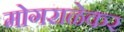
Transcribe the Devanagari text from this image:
मोगराळेकर